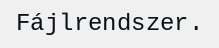
Fájlrendszer.